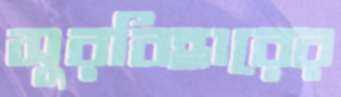
সুরবিহারের